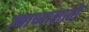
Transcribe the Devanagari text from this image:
ज्याच्यासाठी